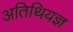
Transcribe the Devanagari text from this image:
अतिथियज्ञ